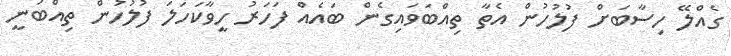
ގެއްލޭ ހިސާބަށް ފުލުހުން އެތާ ތިއްބަވައިގެން ބައެއް ފަހަރު ހީވާކަހަލަ ފުލުހުން ތިއްބަނީ